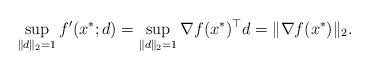
LaTeX: \begin{align*}\sup_{\|d\|_2=1}f'(x^*;d)=\sup_{\|d\|_2=1}\nabla f(x^*)^\top d=\|\nabla f(x^*)\|_2.\end{align*}